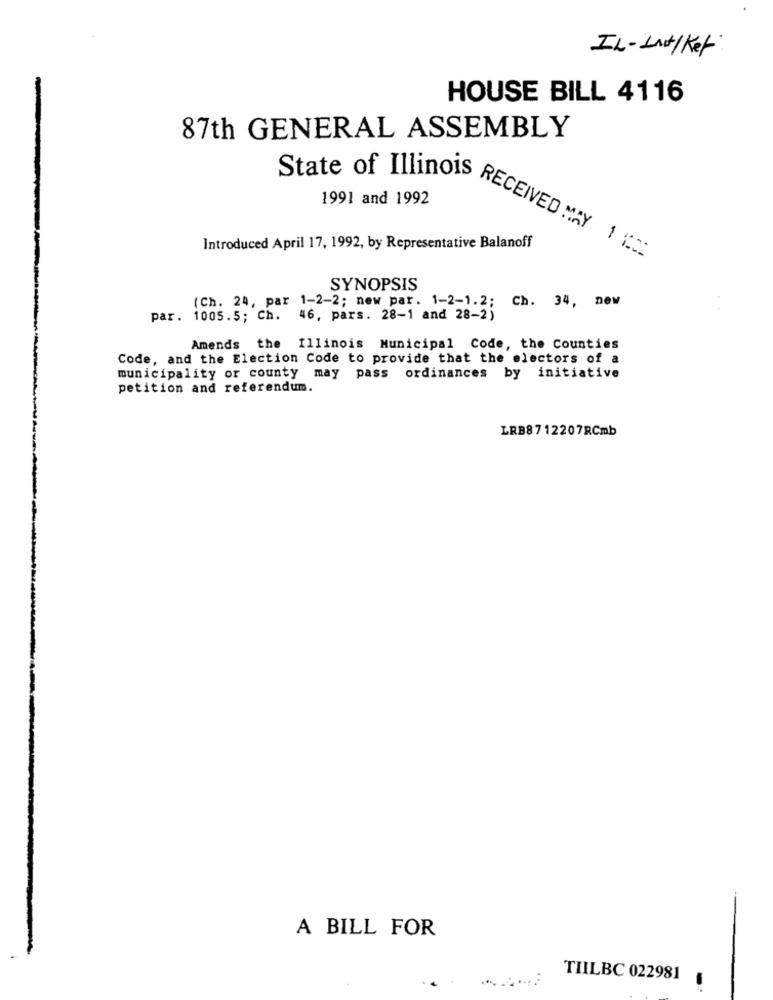
IL-Lnt/Ket
HOUSE BILL 4116
87th GENERAL ASSEMBLY
1991 and 1992
Introduced April 17, 1992, by Representative Balanoff
State of Illinois RECEIVED MAY 1 12
SYNOPSIS
(Ch. 24, par 1-2-2; new par. 1-2-1.2; Ch. 34, new
par. 1005.5; Ch. 46, pars. 28-1 and 28-2)
Amends the Illinois Municipal Code, the Counties
Code, and the Election Code to provide that the electors of a
municipality or county may pass ordinances by initiative
petition and referendum.
LRB8712207RCmb
A BILL FOR
TIILBC 022981